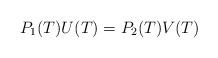
LaTeX: \begin{align*}P_1(T)U(T)=P_2(T)V(T)\end{align*}